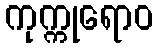
ကုက္ကုရောဝ